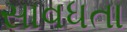
સાવધતા